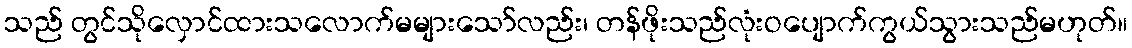
သည် တွင်သိုလှောင်ထားသလောက်မများသော်လည်း၊ တန်ဖိုးသည်လုံးဝပျောက်ကွယ်သွားသည်မဟုတ်။